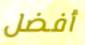
أفضل